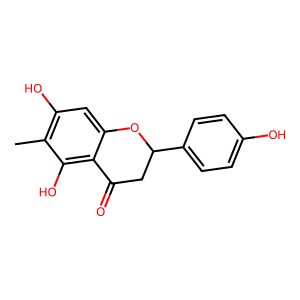
SMILES: Cc1c(O)cc2c(c1O)C(=O)CC(c1ccc(O)cc1)O2
Inhibits HIV replication: No